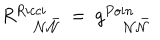
R _ { ~ { { \cal N } } { \bar { { \cal N } } } } ^ { R i c c i } ~ = ~ g _ { ~ { { \cal N } } { { \bar { \cal N } } } } ^ { P o i n }